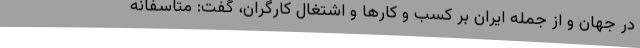
در جهان و از جمله ایران بر کسب و کارها و اشتغال کارگران، گفت: متاسفانه